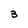
Character: 3